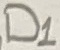
Text: D1